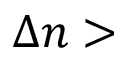
{ \Delta } n >